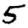
Digit: 5